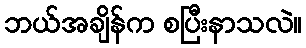
ဘယ်အချိန်က စပြီးနာသလဲ။